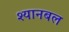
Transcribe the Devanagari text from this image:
श्यानबल